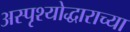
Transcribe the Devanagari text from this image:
अस्पृश्योद्धाराच्या